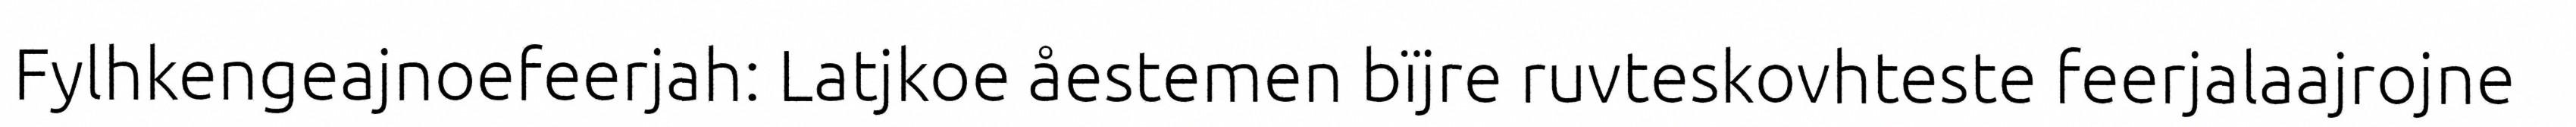
Fylhkengeajnoefeerjah: Latjkoe åestemen bïjre ruvteskovhteste feerjalaajrojne